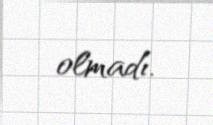
olmadı.